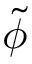
\; { \widetilde { \phi } }